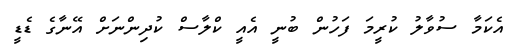
އެކަމާ ސުވާލު ކުރީމަ ފަހުން ބުނީ އެއީ ކްލާސް ކުދިންނަށް އޭނާގެ ޑެޑީ